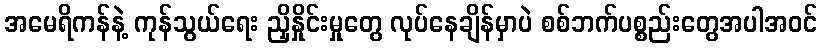
အမေရိကန်နဲ့ ကုန်သွယ်ရေး ညှိနှိုင်းမှုတွေ လုပ်နေချိန်မှာပဲ စစ်ဘက်ပစ္စည်းတွေအပါအဝင်